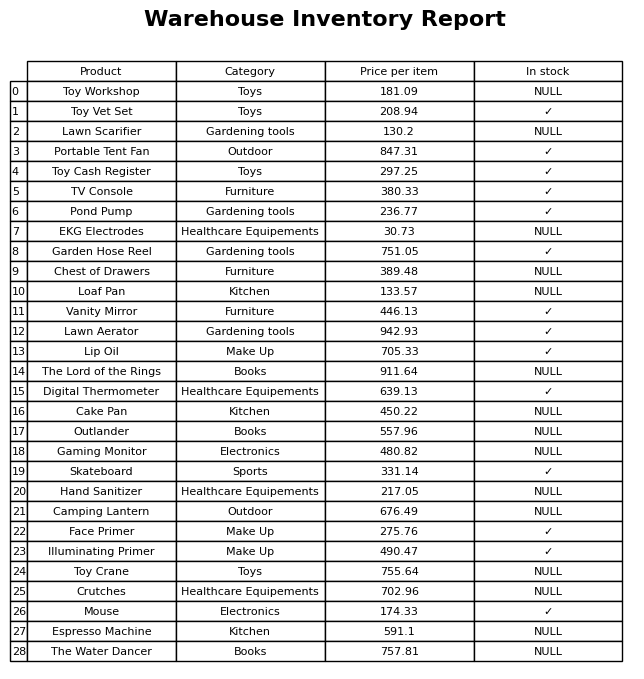
question: What is the price of the Lawn Scarifier?
answer: The price of Lawn Scarifier is 130.2.